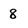
Character: 8